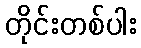
တိုင်းတစ်ပါး